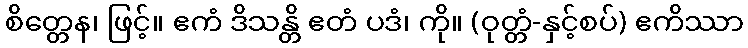
စိတ္တေန၊ ဖြင့်။ ဧကံ ဒိသန္တိ ဧတံ ပဒံ၊ ကို။ (ဝုတ္တံ-နှင့်စပ်) ဧကိဿာ